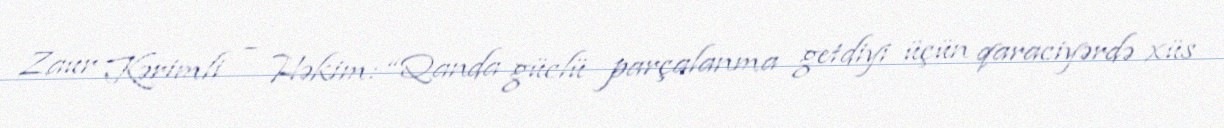
Zaur Kərimli – Həkim: “Qanda güclü parçalanma getdiyi üçün qaraciyərdə xüs